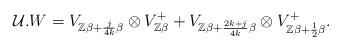
LaTeX: \begin{align*}\mathcal{U}.W=V_{\mathbb{Z}\beta+\frac{j}{4k}\beta}\otimes V_{\mathbb{Z}\beta}^{+}+V_{\mathbb{Z}\beta+\frac{2k+j}{4k}\beta}\otimes V_{\mathbb{Z}\beta+\frac{1}{2}\beta}^{+}.\end{align*}